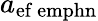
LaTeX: a_{\mathrm{{ef}\ emph{n}}}